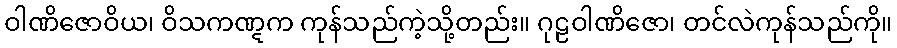
ဝါဏိဇောဝိယ၊ ဝိသကဏ္ဋက ကုန်သည်ကဲ့သို့တည်း။ ဂုဠဝါဏိဇော၊ တင်လဲကုန်သည်ကို။